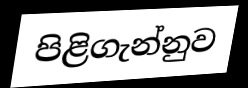
පිළිගැන්නුව